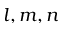
l , m , n